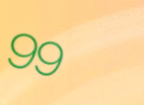
99¢